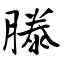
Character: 滕